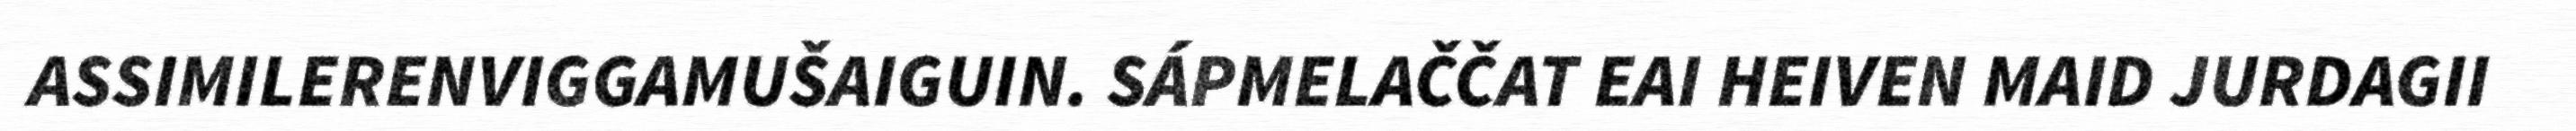
ASSIMILERENVIGGAMUŠAIGUIN. SÁPMELAČČAT EAI HEIVEN MAID JURDAGII